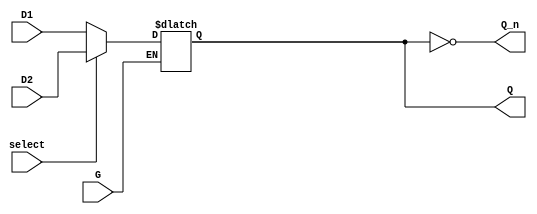
module dual_input_gated_latch (
    input wire D1,        // First Data Input
    input wire D2,        // Second Data Input
    input wire G,         // Gate Control Signal
    input wire select,    // Control signal to select between D1 and D2
    output reg Q,         // Latch Output
    output wire Q_n       // Inverted Latch Output
);

// Invert the output Q to get Q_n
assign Q_n = ~Q;

// Always block to implement the gated latch behavior
always @(*) begin
    if (G) begin
        // When G is high, select between D1 and D2 based on the select signal
        if (select) begin
            Q = D2; // Select D2 when select is high
        end else begin
            Q = D1; // Select D1 when select is low
        end
    end
    // When G is low, Q retains its previous value (no change)
end

endmodule